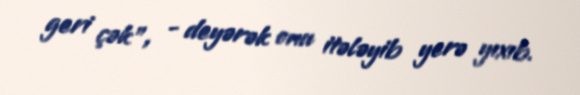
geri çək”, - deyərək onu itələyib yerə yıxıb.